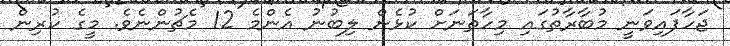
ޖަހާފައިވަނީ މުބާރާތުގައި މިހާތަނަށް ކުޅެން ލިބުނު އެންމެ 12 މެޗުންނެވެ. މީގެ ކުރިން